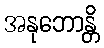
အနုဘောန္တိ